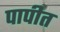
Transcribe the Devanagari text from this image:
पापीत